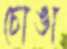
চোঙা